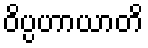
ဝိပ္ပဟာယာတိ